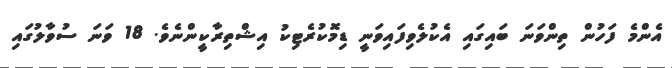
އެންމެ ފަހުން ތިންވަނަ ބައިގައި އެކުލެވިފައިވަނީ ޑިމޮކުރެޓިކު އިޝްތިރާކީންނެވެ. 18 ވަނަ ސުވާލުގައި